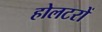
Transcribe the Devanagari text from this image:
होलटरों